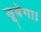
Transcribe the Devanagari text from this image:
डूबेगा।